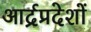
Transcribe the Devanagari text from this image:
आर्द्रप्रदेशों